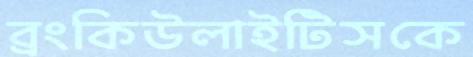
ব্রংকিউলাইটিসকে